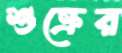
শুক্রের